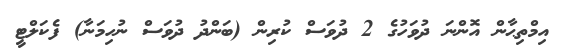
އިމްތިޙާން އޮންނަ ދުވަހުގެ 2 ދުވަސް ކުރިން (ބަންދު ދުވަސް ނުހިމަނާ) ފެކަލްޓީ